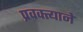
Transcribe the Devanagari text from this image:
प्रवक्त्याने